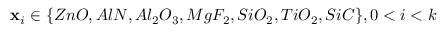
\mathbf { x } _ { i } \in \{ Z n O , A l N , A l _ { 2 } O _ { 3 } , M g F _ { 2 } , S i O _ { 2 } , T i O _ { 2 } , S i C \} , 0 < i < k